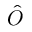
\hat { O }